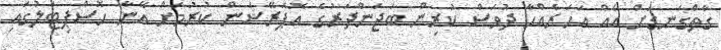
ގާތްގަނޑަށް އެއް އަހަރެއްހާ ދުވަސް ކުރިން ބަޖަންދަރުގެ އޮޕަރޭޝަން ކުރުމަށް އޭނާ ހޮސްޕިޓަލުގައި